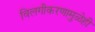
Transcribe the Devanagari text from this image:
विलगीकरणामुळेही